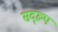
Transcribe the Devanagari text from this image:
सद्‌रुप